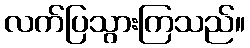
လက်ပြသွားကြသည်။